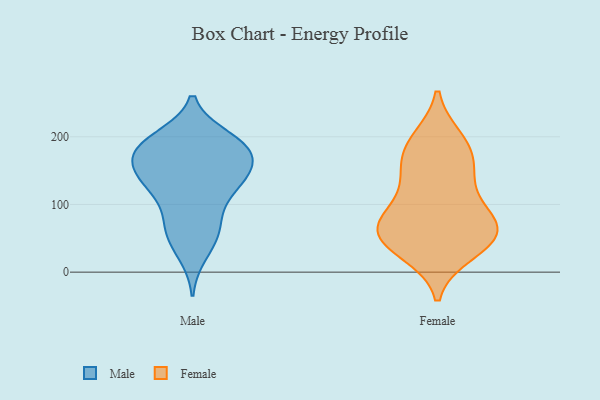
{"axis": {"x": "Gross Profit (USD K)", "y": "Value"}, "legend": ["Female", "Male"], "data": [{"x": "", "y": 123, "type": "Male"}, {"x": "", "y": 193, "type": "Male"}, {"x": "", "y": 144, "type": "Male"}, {"x": "", "y": 196, "type": "Male"}, {"x": "", "y": 121, "type": "Male"}, {"x": "", "y": 155, "type": "Male"}, {"x": "", "y": 184, "type": "Male"}, {"x": "", "y": 127, "type": "Male"}, {"x": "", "y": 69, "type": "Male"}, {"x": "", "y": 46, "type": "Male"}, {"x": "", "y": 130, "type": "Male"}, {"x": "", "y": 181, "type": "Male"}, {"x": "", "y": 73, "type": "Male"}, {"x": "", "y": 67, "type": "Male"}, {"x": "", "y": 27, "type": "Male"}, {"x": "", "y": 198, "type": "Male"}, {"x": "", "y": 165, "type": "Male"}, {"x": "", "y": 177, "type": "Male"}, {"x": "", "y": 149, "type": "Male"}, {"x": "", "y": 177, "type": "Male"}, {"x": "", "y": 165, "type": "Female"}, {"x": "", "y": 28, "type": "Female"}, {"x": "", "y": 30, "type": "Female"}, {"x": "", "y": 115, "type": "Female"}, {"x": "", "y": 67, "type": "Female"}, {"x": "", "y": 152, "type": "Female"}, {"x": "", "y": 49, "type": "Female"}, {"x": "", "y": 75, "type": "Female"}, {"x": "", "y": 197, "type": "Female"}, {"x": "", "y": 136, "type": "Female"}, {"x": "", "y": 197, "type": "Female"}, {"x": "", "y": 66, "type": "Female"}, {"x": "", "y": 50, "type": "Female"}, {"x": "", "y": 175, "type": "Female"}, {"x": "", "y": 69, "type": "Female"}, {"x": "", "y": 56, "type": "Female"}, {"x": "", "y": 93, "type": "Female"}]}